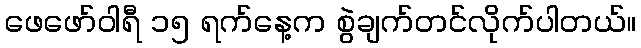
ဖေဖော်ဝါရီ ၁၅ ရက်နေ့က စွဲချက်တင်လိုက်ပါတယ်။